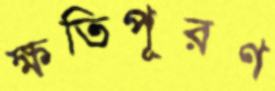
ক্ষতিপূরণ